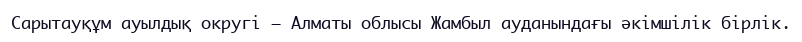
Сарытауқұм ауылдық округі — Алматы облысы Жамбыл ауданындағы әкімшілік бірлік.